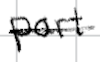
Text: part
Cross-out: single-line
Writing tool: digital_black